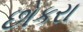
છોકરા